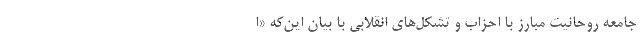
جامعه روحانیت مبارز با احزاب و تشکل‌های انقلابی با بیان این‌که «ا